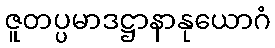
ဇူတပ္ပမာဒဋ္ဌာနာနုယောဂံ